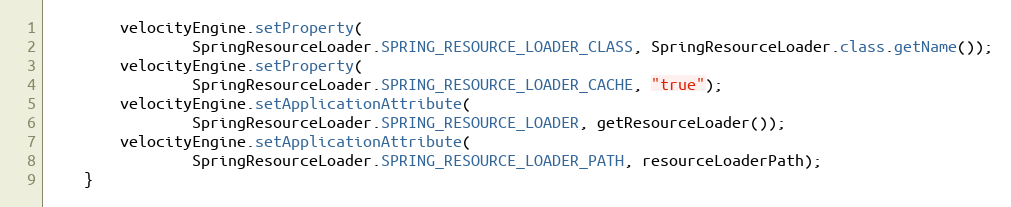
Language: Java
		velocityEngine.setProperty(
				SpringResourceLoader.SPRING_RESOURCE_LOADER_CLASS, SpringResourceLoader.class.getName());
		velocityEngine.setProperty(
				SpringResourceLoader.SPRING_RESOURCE_LOADER_CACHE, "true");
		velocityEngine.setApplicationAttribute(
				SpringResourceLoader.SPRING_RESOURCE_LOADER, getResourceLoader());
		velocityEngine.setApplicationAttribute(
				SpringResourceLoader.SPRING_RESOURCE_LOADER_PATH, resourceLoaderPath);
	}